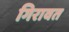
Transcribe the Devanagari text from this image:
गिरावत